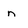
Character: n